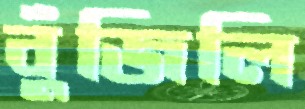
বুঁজিলি